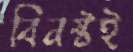
বিনষ্টই